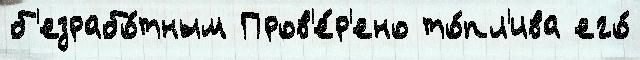
б'езрабо́тным Пров'е́р'ено то́пл'ива его́